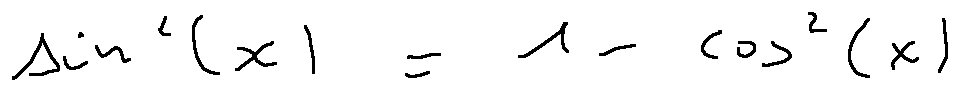
\sin ^ { 2 } ( x ) = 1 - \cos ^ { 2 } ( x )